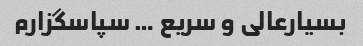
بسیارعالی و سریع … سپاسگزارم